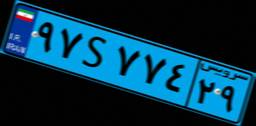
۹۷S۷۷۴۲۹